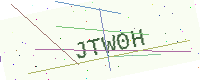
Text: JTW0H